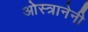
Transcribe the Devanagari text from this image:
ओस्त्रानेनी